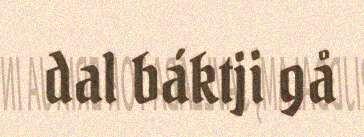
dal báktji gå